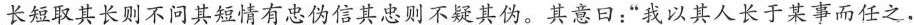
长短取其长则不问其短情有忠伪信其忠则不疑其伪。其意口：”我以其人长于某事而任之.